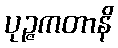
ပုဉ္ဇကတာနိ